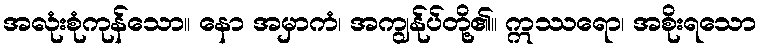
အလုံးစုံကုန်သော။ နော အမှာကံ၊ အကျွန်ုပ်တို့၏။ ဣဿရော၊ အစိုးရသော